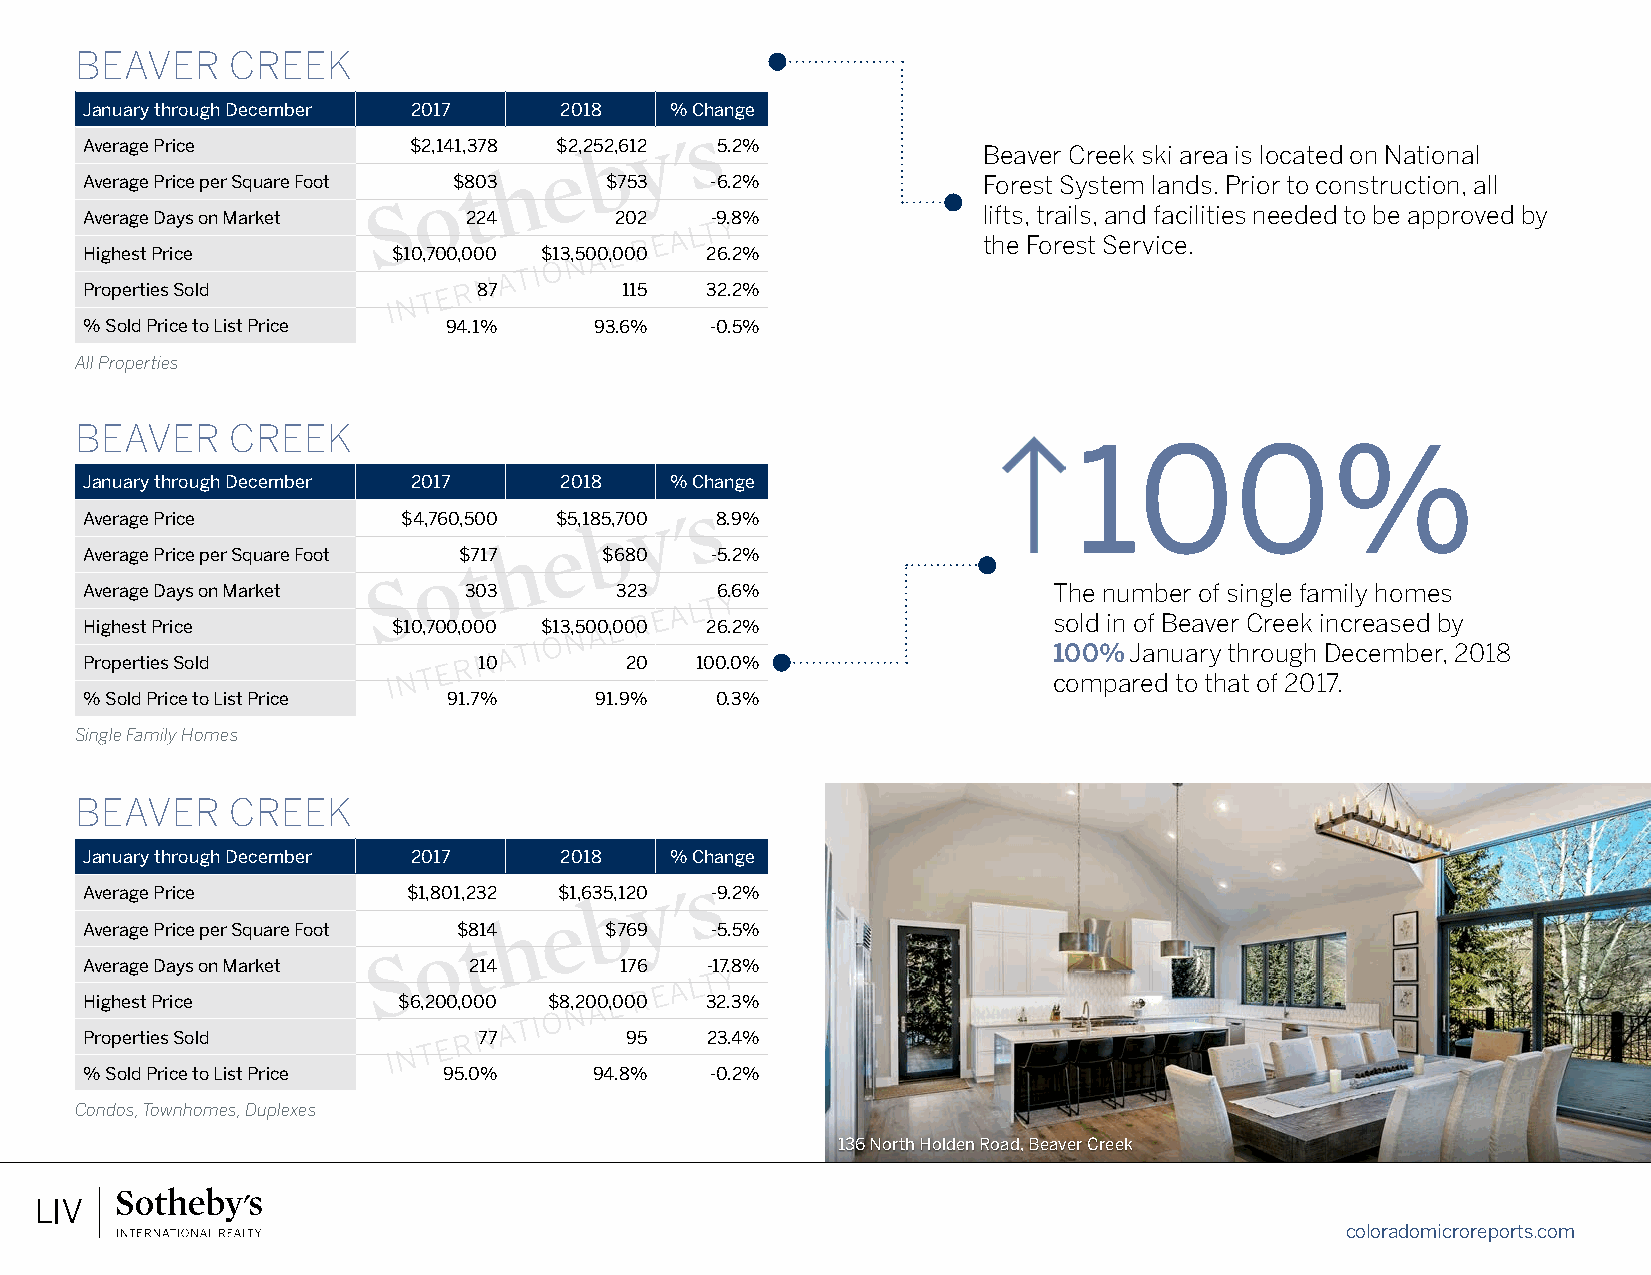
BEAVER    CREEK
 January through December 2017  2018   % Change
 Average Price        $2,141,378 $2,252,612 5.2%            Beaver Creek ski area is located on National
 Average Price per Square Foot $803 $753  -6.2%             Forest System lands. Prior to construction, all
 Average Days on Market   224       202   -9.8%             lifts, trails, and facilities needed to be approved by
 the Forest Service.
 Highest Price       $10,700,000 $13,500,000 26.2%
 Properties Sold           87       115   32.2%
 % Sold Price to List Price 94.1% 93.6%   -0.5%
 All Properties
 BEAVER    CREEK
 100%
 January through December 2017  2018   % Change
 Average Price        $4,760,500 $5,185,700 8.9%
 Average Price per Square Foot $717 $680  -5.2%
 Average Days on Market   303       323   6.6%                   The number of single family homes
 sold in of Beaver Creek increased by
 Highest Price       $10,700,000 $13,500,000 26.2%
 100% January through December, 2018
 Properties Sold           10       20   100.0%
 compared to that of 2017.
 % Sold Price to List Price 91.7% 91.9%   0.3%
 Single Family Homes
 BEAVER    CREEK
 January through December 2017  2018   % Change
 Average Price        $1,801,232 $1,635,120 -9.2%
 Average Price per Square Foot $814 $769  -5.5%
 Average Days on Market   214       176   -17.8%
 Highest Price       $6,200,000 $8,200,000 32.3%
 Properties Sold           77       95    23.4%
 % Sold Price to List Price 95.0% 94.8%   -0.2%
 Condos, Townhomes, Duplexes
 136 North Holden Road, Beaver Creek
 coloradomicroreports.com